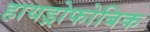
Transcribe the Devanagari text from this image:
हायड्रोफोबिक